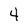
Character: 4